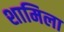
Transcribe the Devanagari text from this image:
शामिला